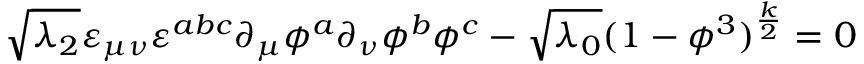
\sqrt { \lambda _ { 2 } } \varepsilon _ { \mu \nu } \varepsilon ^ { a b c } \partial _ { \mu } \phi ^ { a } \partial _ { \nu } \phi ^ { b } \phi ^ { c } - \sqrt { \lambda _ { 0 } } ( 1 - \phi ^ { 3 } ) ^ { \frac { k } { 2 } } = 0